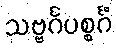
သဗ္ဗင်္ဂပစ္စင်္ဂံ